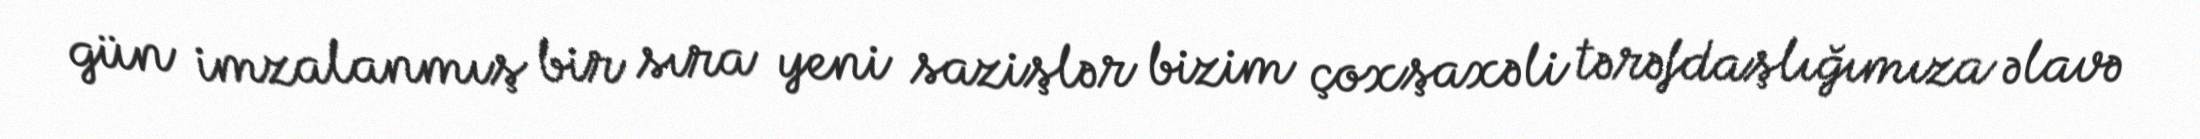
gün imzalanmış bir sıra yeni sazişlər bizim çoxşaxəli tərəfdaşlığımıza əlavə